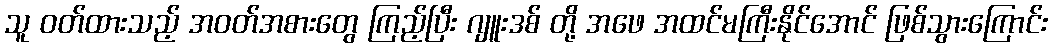
သူ ဝတ်ထားသည့် အဝတ်အစားတွေ ကြည့်ပြီး ဂျူးဒစ် တို့ အဖေ အထင်မကြီးနိုင်အောင် ဖြစ်သွားကြောင်း